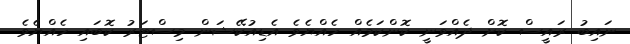
ނައިބު ރައީސް ކޮށް ދެއްވަނީ ކޮންކަމެއް ހެއްޔެވެ އެޑިއުކޭޝަން މިސްޓަރު ކޮބައި ހެއްޔެވެ